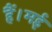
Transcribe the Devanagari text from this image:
हैं।मई